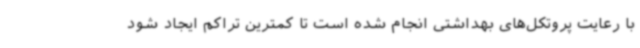
با رعایت پروتکل‌های بهداشتی انجام شده است تا کمترین تراکم ایجاد شود